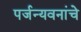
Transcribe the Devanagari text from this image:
पर्जन्यवनांचे